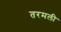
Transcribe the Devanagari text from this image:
तरमली